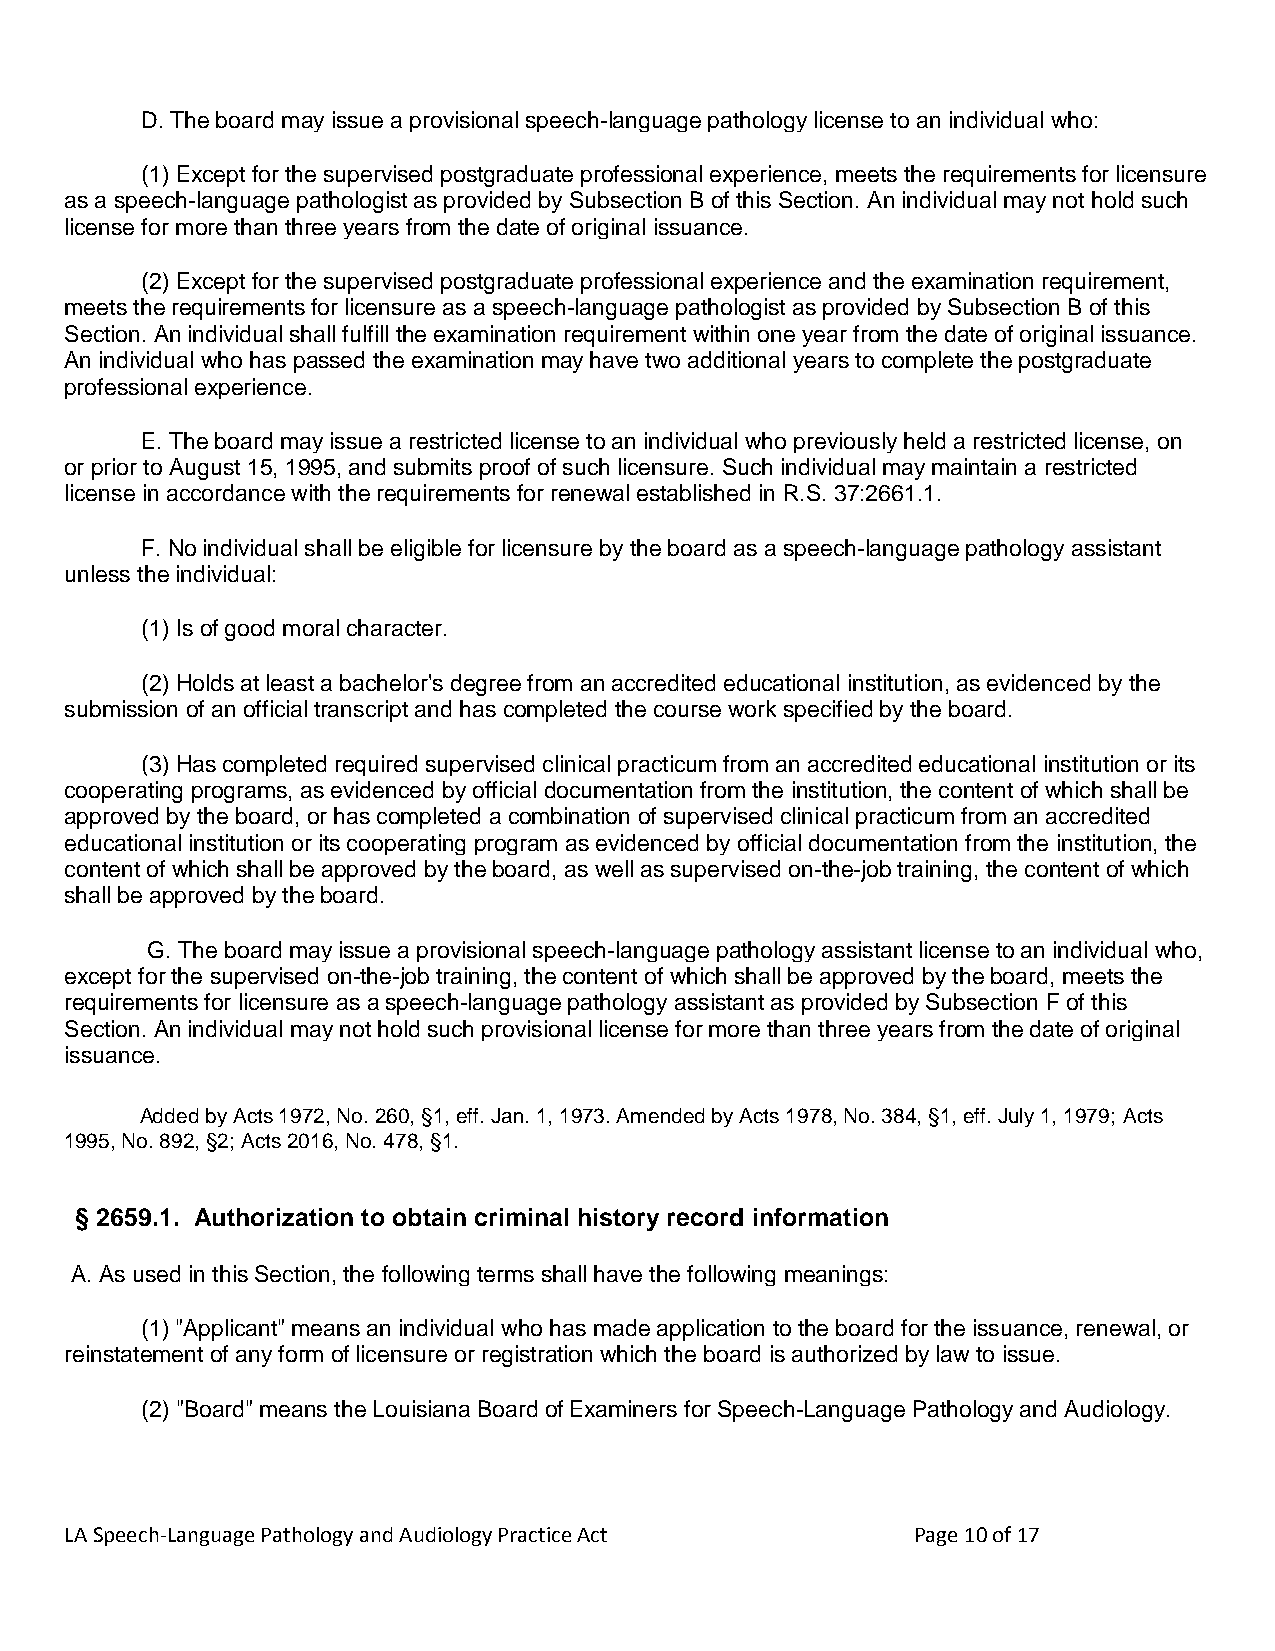
D. The board may issue a provisional speech-language pathology license to an individual who:
 (1) Except for the supervised postgraduate professional experience, meets the requirements for licensure
 as a speech-language pathologist as provided by Subsection B of this Section. An individual may not hold such
 license for more than three years from the date of original issuance.
 (2) Except for the supervised postgraduate professional experience and the examination requirement,
 meets the requirements for licensure as a speech-language pathologist as provided by Subsection B of this
 Section. An individual shall fulfill the examination requirement within one year from the date of original issuance.
 An individual who has passed the examination may have two additional years to complete the postgraduate
 professional experience.
 E. The board may issue a restricted license to an individual who previously held a restricted license, on
 or prior to August 15, 1995, and submits proof of such licensure. Such individual may maintain a restricted
 license in accordance with the requirements for renewal established in R.S. 37:2661.1.
 F. No individual shall be eligible for licensure by the board as a speech-language pathology assistant
 unless the individual:
 (1) Is of good moral character.
 (2) Holds at least a bachelor's degree from an accredited educational institution, as evidenced by the
 submission of an official transcript and has completed the course work specified by the board.
 (3) Has completed required supervised clinical practicum from an accredited educational institution or its
 cooperating programs, as evidenced by official documentation from the institution, the content of which shall be
 approved by the board, or has completed a combination of supervised clinical practicum from an accredited
 educational institution or its cooperating program as evidenced by official documentation from the institution, the
 content of which shall be approved by the board, as well as supervised on-the-job training, the content of which
 shall be approved by the board.
 G. The board may issue a provisional speech-language pathology assistant license to an individual who,
 except for the supervised on-the-job training, the content of which shall be approved by the board, meets the
 requirements for licensure as a speech-language pathology assistant as provided by Subsection F of this
 Section. An individual may not hold such provisional license for more than three years from the date of original
 issuance.
 Added by Acts 1972, No. 260, §1, eff. Jan. 1, 1973. Amended by Acts 1978, No. 384, §1, eff. July 1, 1979; Acts
 1995, No. 892, §2; Acts 2016, No. 478, §1.
 § 2659.1. Authorization to obtain criminal history record information
 A. As used in this Section, the following terms shall have the following meanings:
 (1) "Applicant" means an individual who has made application to the board for the issuance, renewal, or
 reinstatement of any form of licensure or registration which the board is authorized by law to issue.
 (2) "Board" means the Louisiana Board of Examiners for Speech-Language Pathology and Audiology.
 LA Speech-Language Pathology and Audiology Practice Act Page 10 of 17